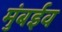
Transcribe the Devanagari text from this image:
मुंबईव